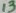
Text: 13